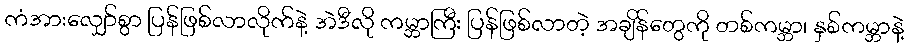
ကံအားလျှော်စွာ ပြန်ဖြစ်လာလိုက်နဲ့ အဲဒီလို ကမ္ဘာကြီး ပြန်ဖြစ်လာတဲ့ အချိန်တွေကို တစ်ကမ္ဘာ၊ နှစ်ကမ္ဘာနဲ့